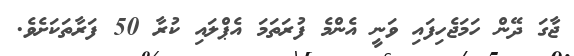
ޖާގަ ދޭން ހަމަޖެހިފައި ވަނީ އެންމެ ފުރަތަމަ އެޕްލައި ކުރާ 50 ފަރާތަކަށެވެ.